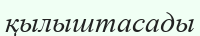
қылыштасады